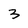
Character: 3